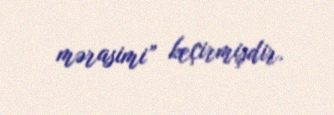
mərasimi” keçirmişdir.